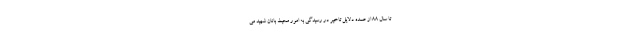
تا سال ۸۸ از عمده دلایل تاخیر در رسیدگی به امور محیط بانان شهید می